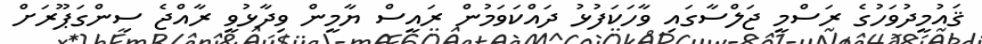
ޤައުމީދުވަހުގެ ރަސްމީ ޖަލްސާގައިި ވާހަކަފުޅު ދައްކަވަމުން ރައީސް ޔާމީން ވިދާޅުވީ ރާއްޖެ ސިންގަޕޫރަށް